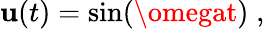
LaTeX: \mathbf{u}(t)=\sin(\omegat)\; ,